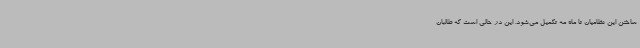
ساختن این نظامیان تا ماه مه تکمیل می‌شود. این در حالی است که طالبان